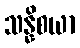
သန္နိစယာ